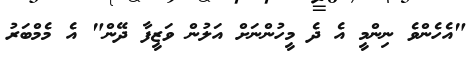
"އެހެންވެ ނިންމީ އެ ދެ މީހުންނަށް އަލުން ވަޒީފާ ދޭން" އެ މެމްބަރު